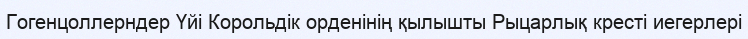
Гогенцоллерндер Үйі Корольдік орденінің қылышты Рыцарлық кресті иегерлері